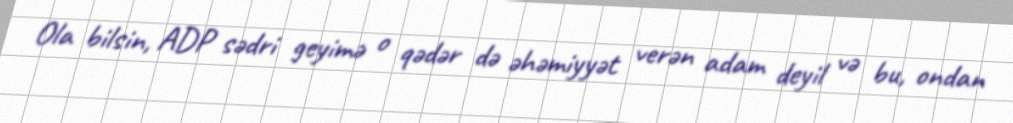
Ola bilsin, ADP sədri geyimə o qədər də əhəmiyyət verən adam deyil və bu, ondan